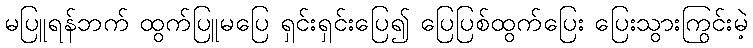
မပြူရန်ဘက် ထွက်ပြူမပြေ ရှင်းရှင်းပြေ၍ ပြေပြစ်ထွက်ပြေး ပြေးသွားကြွင်းမဲ့